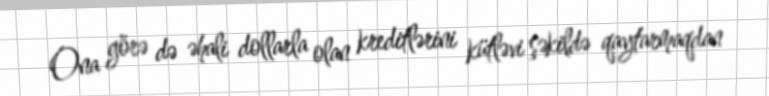
Ona görə də əhali dollarla olan kreditlərini kütləvi şəkildə qaytarmaqdan